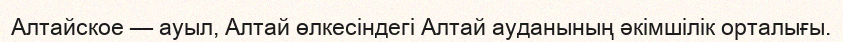
Алтайское — ауыл, Алтай өлкесіндегі Алтай ауданының әкімшілік орталығы.